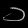
Digit: ၁